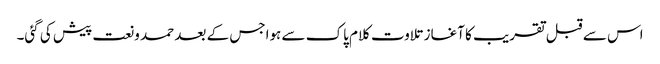
اس سے قبل تقریب کا آغاز تلاوت کلام پاک سے ہواجس کے بعد حمد ونعت پیش کی گئی۔